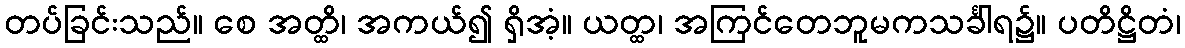
တပ်ခြင်းသည်။ စေ အတ္ထိ၊ အကယ်၍ ရှိအံ့။ ယတ္ထ၊ အကြင်တေဘူမကသင်္ခါရ၌။ ပတိဋ္ဌိတံ၊